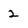
Character: 2